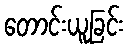
တောင်းယူခြင်း